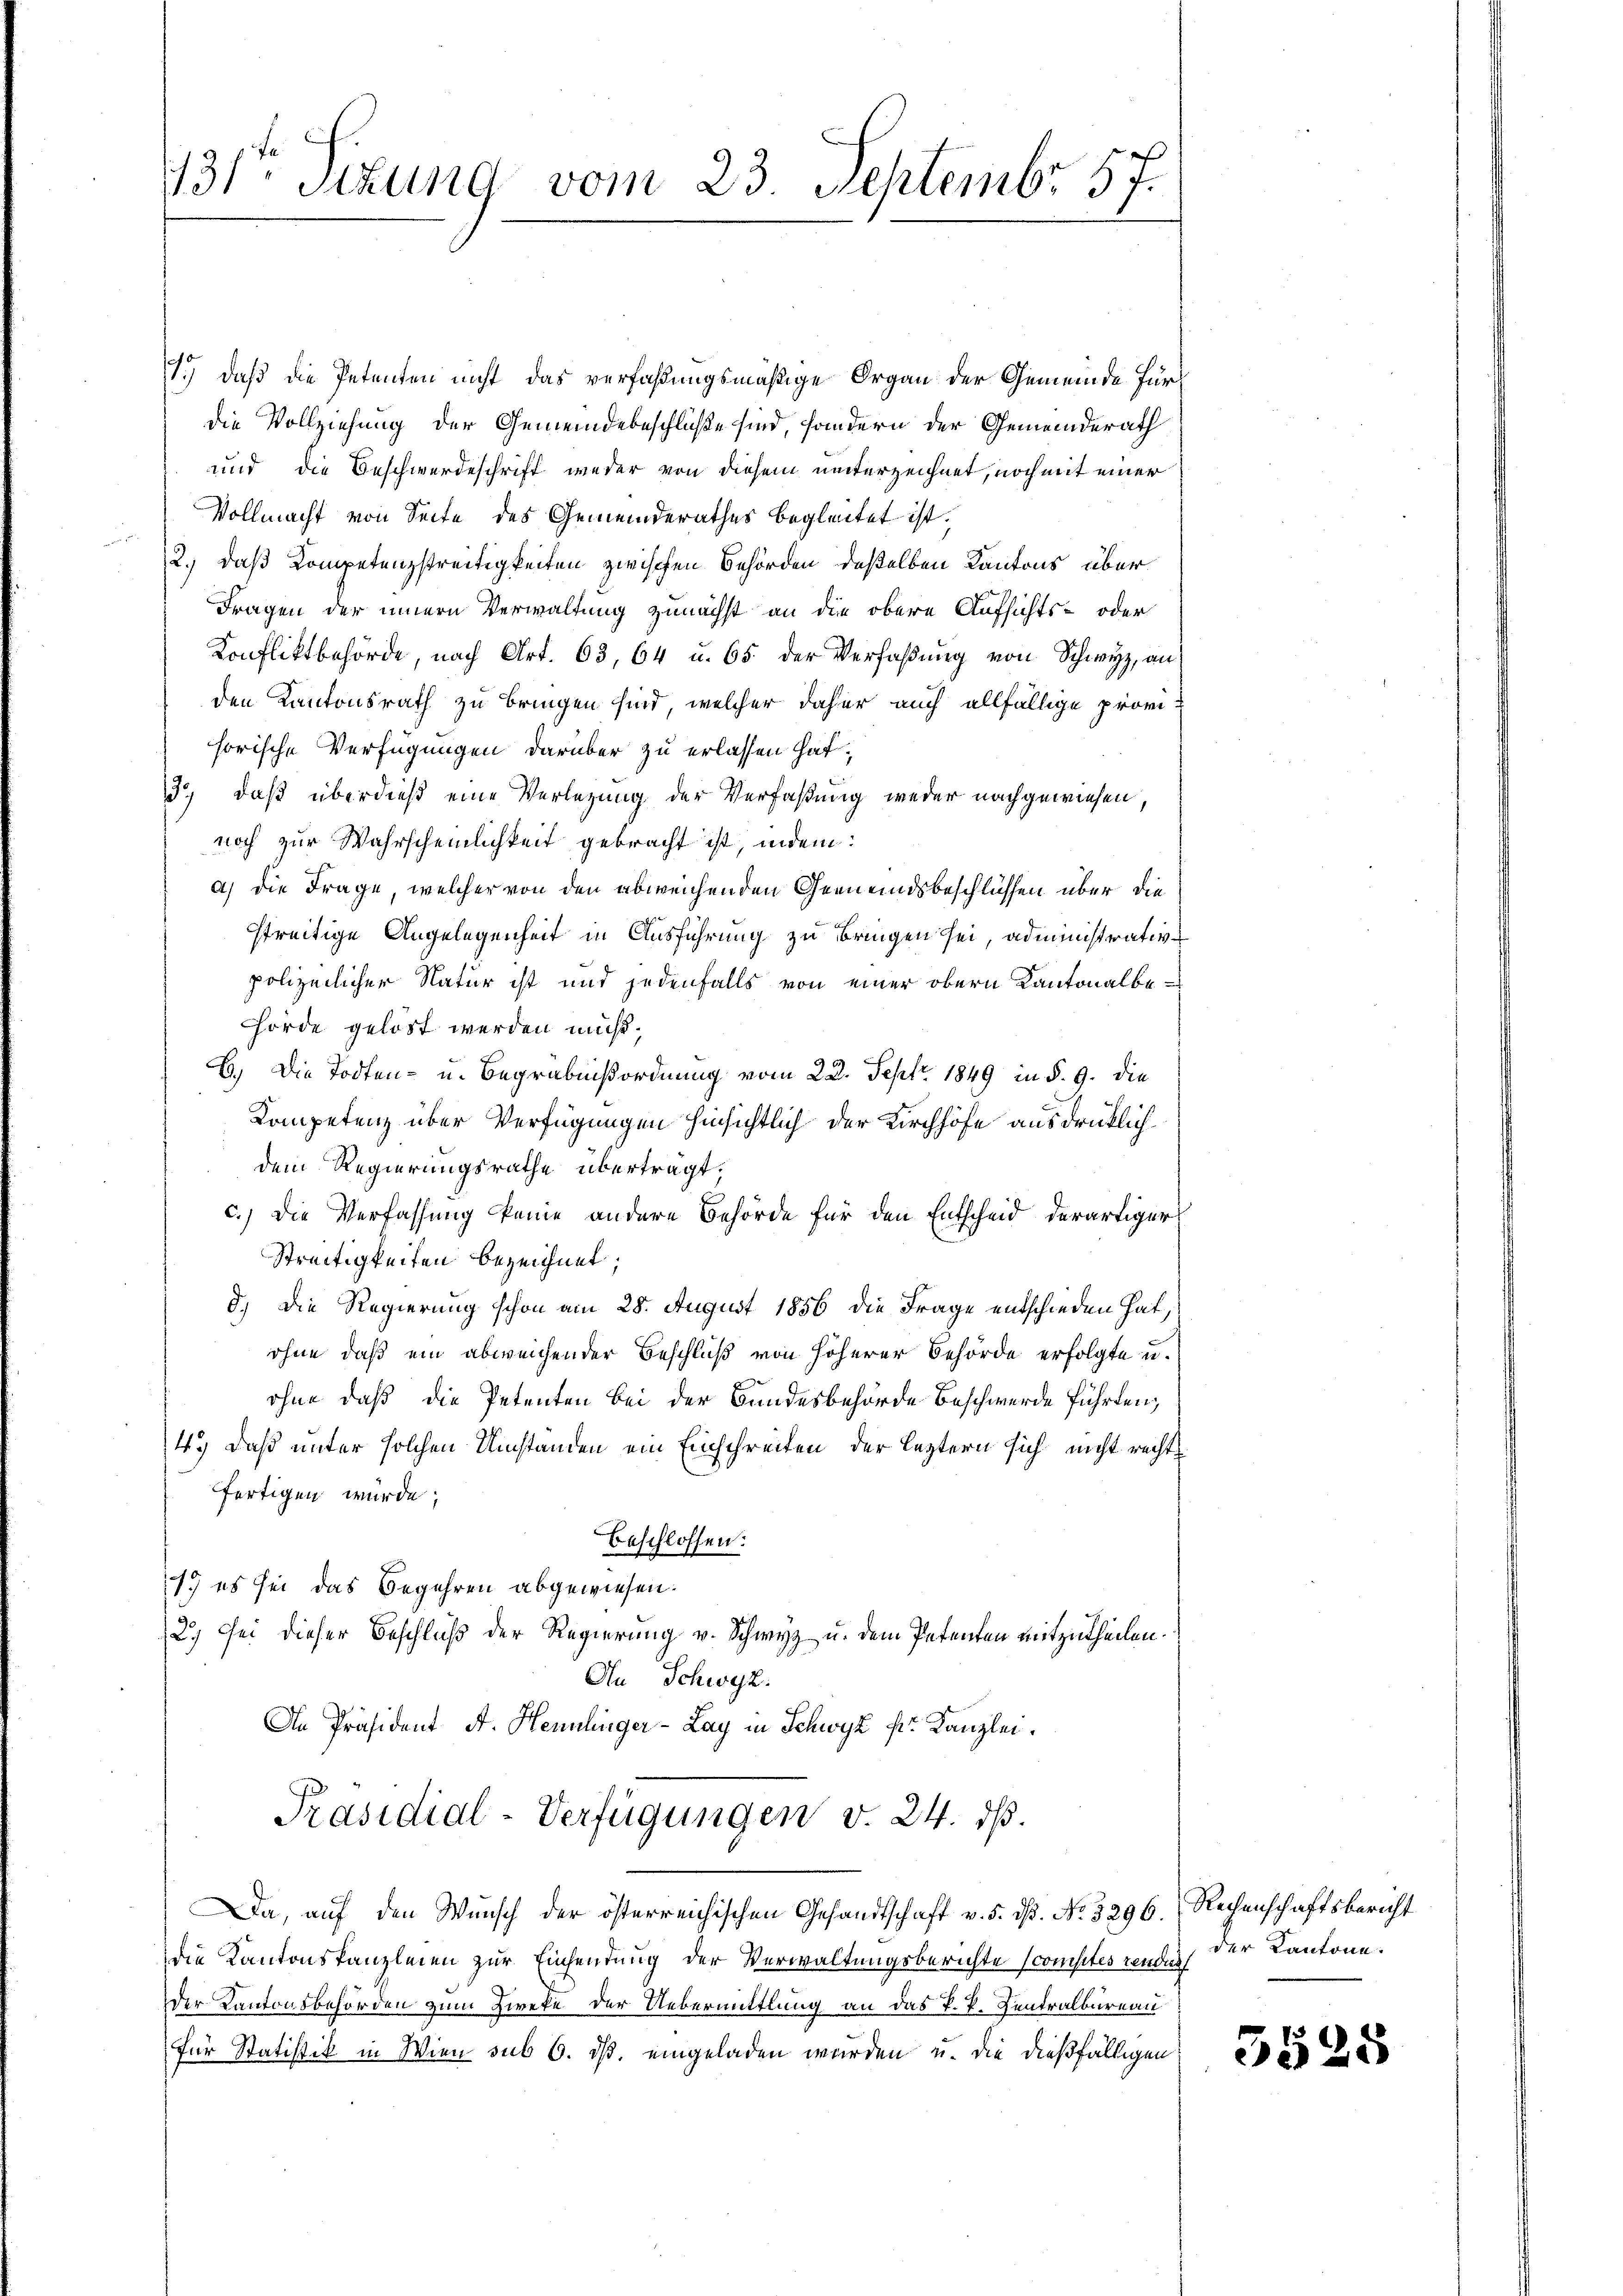
131ten Sizung vom 23. Septembr 57.

1.) daß die Petenten nicht das verfaßungsmäßige Organ der Gemeinde Fürdie Vollziehung der Gemeindebeschlüße sind, sondern der Gemeinderath
und die Beschwerdeschrift weder von diesem unterzeichnet, noch mit einer
Vollmacht von Seite des Gemeinderathes begleitet ist,
2.) daß Kompetenzstreitigkeiten zwischen Behörden deßelben Kantons über
Fragen der innern Verwaltung zunächst an die obere Aufsichts- oder
Konfliktbehörde, nach Art. 63, 64 u. 65 der Verfaßung von Schwyz, an
den Kantonsrath zu bringen sind, welcher daher auch allfällige provi
horische Verfügungen darüber zu erlassen hat,
3) daß überdieß eine Verlegung der Verfaßung weder nachgewiesen,
noch zur Wahrscheinlichkeit gebracht ist, indem:
a) die Frage, welcher von den abweichenden Gemeindsbeschlüssen über die
streitige Angelegenheit in Ausführung zu bringen sei, administrative
polizeilicher Natur ist und jedenfalls von einer obern Kantonalbehörde gelöst werden muß.
B.) Die Todten- u. Begräbnißordnung vom 22. Sept. 1849 in §. 9. die
Kompetenz über Verfügungen hinsichtlich der Kirchhöfe ausdrücklich
dem Regierungsrathe übertragt,
c.) Die Verfassung keine andere Behörde für den Entscheid derartiger
Streitigkeiten bezeichnet;
d.) Die Regierung schon am 28. August 1856 die Frage entschieden hat,
ohne daß ein abweichender Beschluß von höherer Behörde erfolgte u.
ohne daß die Petenten bei der Bundesbehörde Beschwerde führten,
4.) Daß unter solchen Umständen ein Einschreiten der leztern sich nicht recht
fertigen wurde;
beschlossen:
1. es sei das Begehren abgewiesen.
2.) Sei dieser Beschluß der Regierung v. Schwyz u. dem Petenten mitzutheilen.
An Schwyz.
An Präsident A. Hennlinger-Lay in Schwyz sr. Kanzlei.
Präsidial-Verfügungen v. 24. ds.
Da, auf den Wunsch der österreichischen Gesandtschaft v. 5. dß. No. 3296. Rechenschaftsbericht
die Kantonskanzleien zur Einsendung der Verwaltungsberichte comptes rend der Kantone.
Der Kantonsbehörden zum Zieke der Uebermittlung an das P. P. Zentralbureau
für Statistik in Wien sub 6. dß. eingeladen wurden u. die dießfälligen

5525